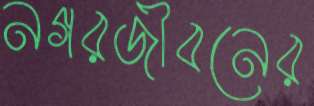
নগরজীবনের